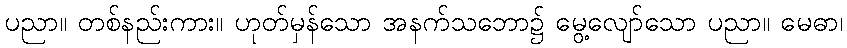
ပညာ။ တစ်နည်းကား။ ဟုတ်မှန်သော အနက်သဘော၌ မွေ့လျော်သော ပညာ။ မေဓာ၊